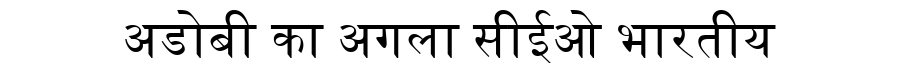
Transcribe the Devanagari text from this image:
अडोबी का अगला सीईओ भारतीय